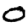
Digit: 0